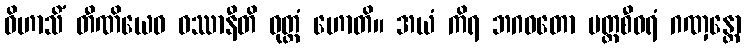
ဝိဟာသိံ တီဏိယေဝ ဝဿာနီတိ ဝုတ္တံ ဟောတိ။ အယံ ကိရ ဘဂဝတော ပတ္တစီဝရံ ဂဏှန္တော